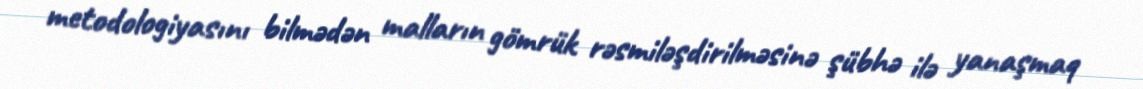
metodologiyasını bilmədən malların gömrük rəsmiləşdirilməsinə şübhə ilə yanaşmaq